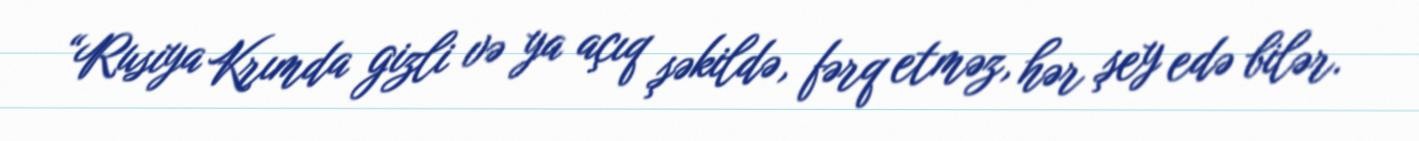
“Rusiya Krımda gizli və ya açıq şəkildə, fərq etməz, hər şey edə bilər.